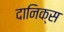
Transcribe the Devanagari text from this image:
दानिक्स